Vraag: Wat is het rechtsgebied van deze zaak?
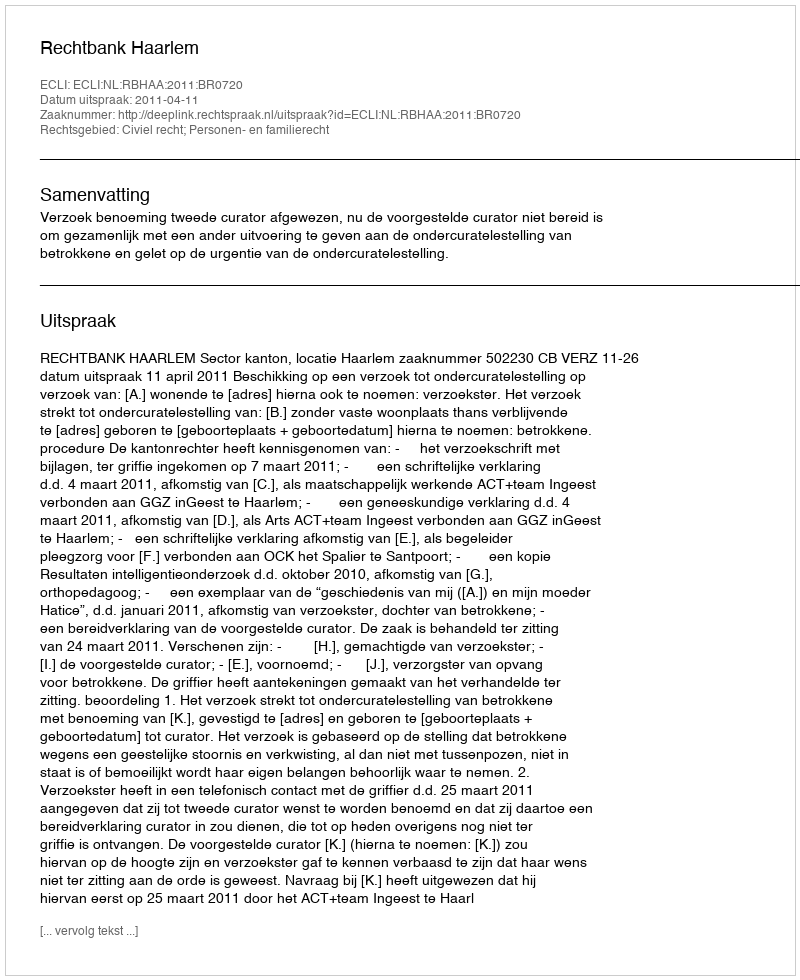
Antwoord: Civiel recht; Personen- en familierecht